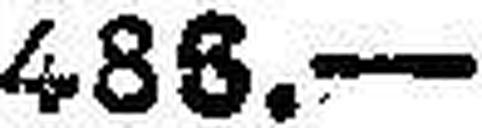
486.—